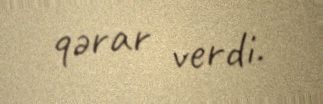
qərar verdi.